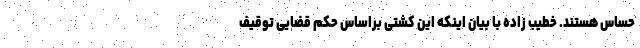
حساس هستند. خطیب زاده با بیان اینکه این کشتی براساس حکم قضایی توقیف